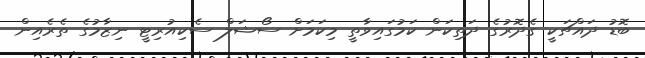
ބޮޑު ދައްޗަކީ ގެދޮރުގެ ދަތިކަން ކަމުގައިވާތީ މިކަމަށް ސޯޝަލް ސެކިއުރިޓީ ނިޒާމުގެ ތެރެއިން